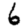
Digit: 6